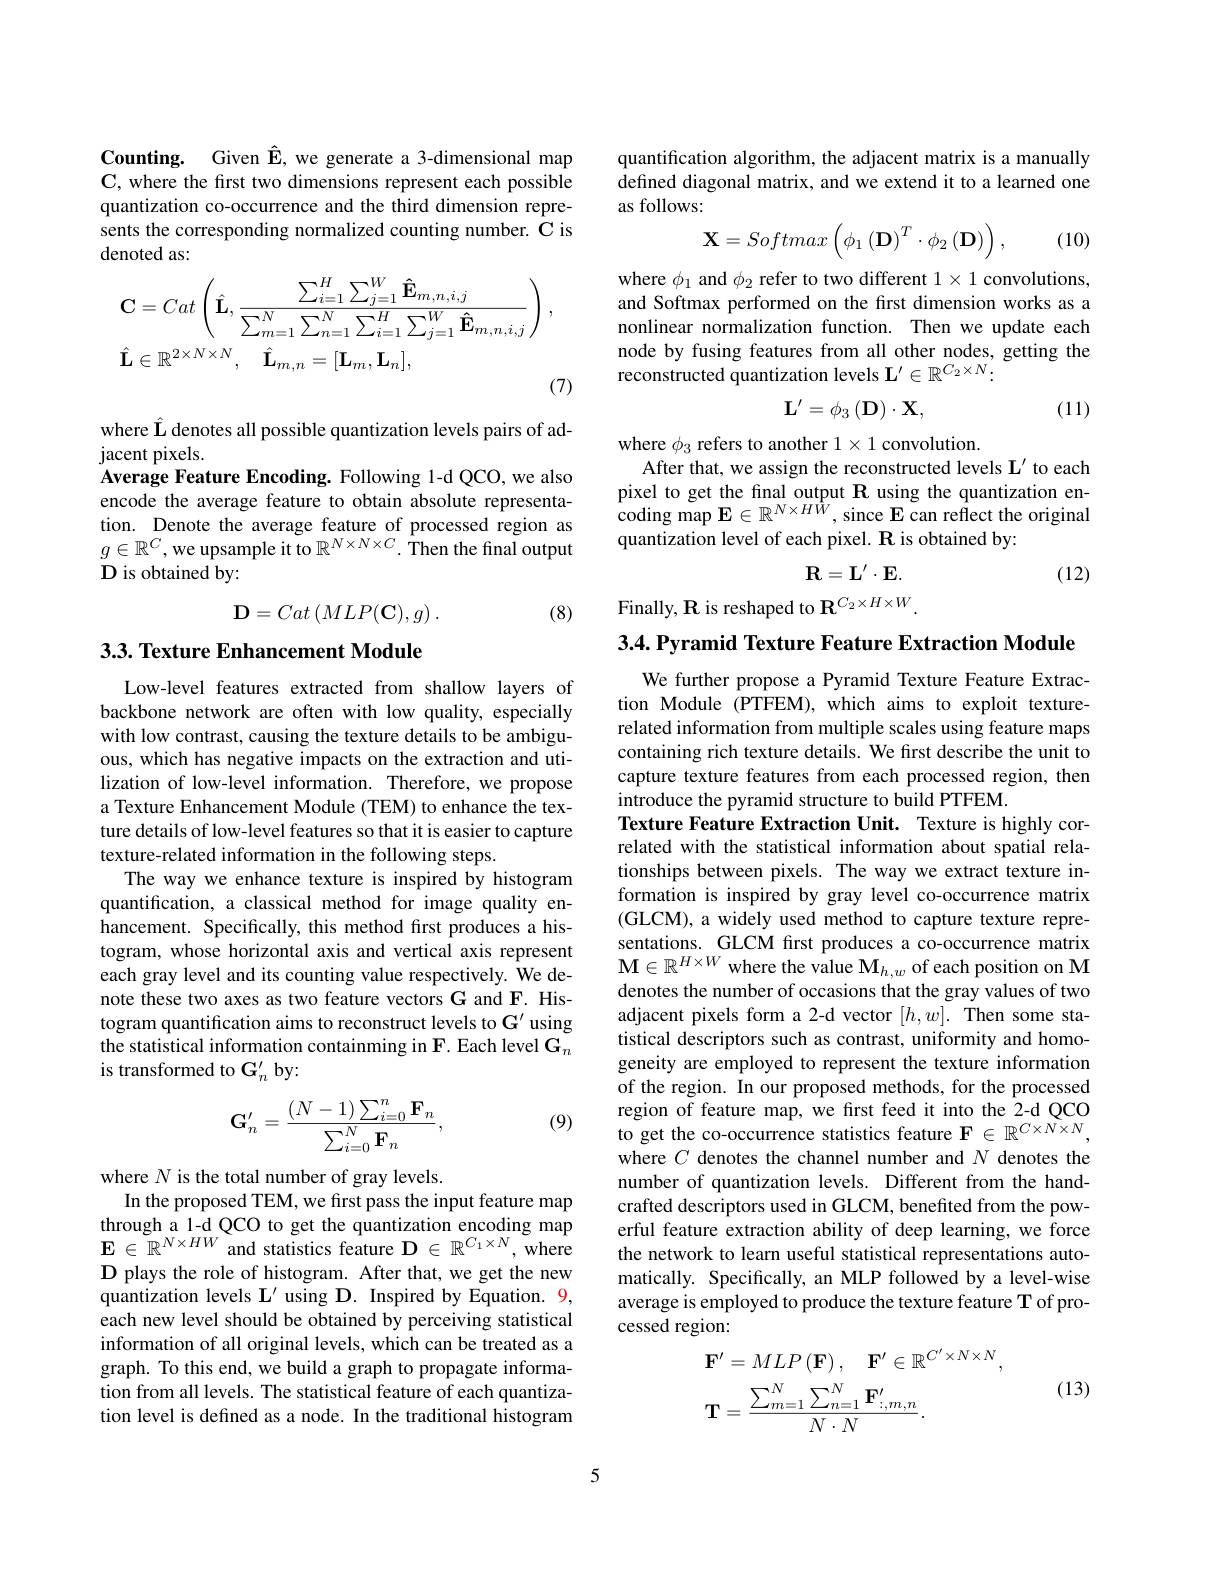
Counting. Given $\hat{\mathbf{E}}$, we generate a 3-dimensional map C, where the first two dimensions represent each possible quantization co-occurrence and the third dimension represents the corresponding normalized counting number. C is denoted as:
$$\begin{aligned}&\mathbf{C}=Cat\left(\hat{\mathbf{L}},\frac{\sum_{i=1}^{H}\sum_{j=1}^{W}\mathbf{\hat{E}}_{m,n,i,j}}{\sum_{m=1}^{N}\sum_{n=1}^{N}\sum_{i=1}^{H}\sum_{j=1}^{W}\mathbf{\hat{E}}_{m,n,i,j}}\right),\\&\hat{\mathbf{L}}\in\mathbb{R}^{2\times N\times N},\quad\hat{\mathbf{L}}_{m,n}=[\mathbf{L}_{m},\mathbf{L}_{n}],\end{aligned}$$
where $\hat{\mathbf{L}}$ denotes all possible quantization levels pairs of ad-
jacent pixels.
Average Feature Encoding. Following 1-d QCO, we also encode the average feature to obtain absolute representation. Denote the average feature of processed region as $g\in\mathbb{R}^C$,we upsample it to $\mathbb{R}^N\times N\times C.$ Then the final output D is obtained by:
$$\mathbf{D}=Cat\left(MLP(\mathbf{C}),g\right).$$
(8)

## 3.3. Texture Enhancement Module

Low-level features extracted from shallow layers of backbone network are often with low quality, especially with low contrast, causing the texture details to be ambiguous, which has negative impacts on the extraction and utilization of low-level information. Therefore, we propose a Texture Enhancement Module (TEM) to enhance the texture details of low-level features so that it is easier to capture texture-related information in the following steps.
The way we enhance texture is inspired by histogram quantification, a classical method for image quality enhancement. Specifically, this method first produces a histogram, whose horizontal axis and vertical axis represent each gray level and its counting value respectively. We denote these two axes as two feature vectors G and F. Histogram quantification aims to reconstruct levels to $\mathbf{G}^{\prime}$ using the statistical information containming in F. Each level $\mathbf{G}_n$ is transformed to G' by:

(9)
$$\mathbf{G}_n'=\frac{(N-1)\sum_{i=0}^n\mathbf{F}_n}{\sum_{i=0}^N\mathbf{F}_n},$$
where $N$ is the total number of gray levels.
In the proposed TEM, we first pass the input feature map $\begin{array}{l}\text{through a 1-d QCO to get the quantization encoding map}\\\mathbf{E}\in\mathbb{R}^{N\times HW}\\\text{and statistics feature D }\in\mathbb{R}^{C_1\times N},\mathrm{~where}\end{array}$ D plays the role of histogram. After that, we get the new quantization levels $\mathbf{L}^\prime$ using D. Inspired by Equation. 9, each new level should be obtained by perceiving statistical information of all original levels, which can be treated as a graph. To this end, we build a graph to propagate information from all levels. The statistical feature of each quantization level is defined as a node. In the traditional histogram

quantification algorithm, the adjacent matrix is a manually defined diagonal matrix, and we extend it to a learned one as follows:
$$\mathbf{X}=Softmax\left(\phi_{1}\left(\mathbf{D}\right)^{T}\cdot\phi_{2}\left(\mathbf{D}\right)\right),$$
(10)

where $\phi_1$ and $\phi_2$ refer to two different $1\times1$ convolutions, and Softmax performed on the first dimension works as a nonlinear normalization function. Then we update each node by fusing features from all other nodes, getting the reconstructed quantization levels $\mathbf{L}^{\prime}\in\mathbb{R}^{C_2\times N}:$
$$\mathbf{L}^{\prime}=\phi_3\left(\mathbf{D}\right)\cdot\mathbf{X},$$
(11)

where $\phi_3$ refers to another $1\times1$ convolution.
After that, we assign the reconstructed levels $\mathbf{L}^\prime$ to each pixel to get the final output $\mathbf{R}$ using the quantization en- ${\mathrm{coding~map~E}\in\mathbb{R}^{N\times H\hat{W}}},{\mathrm{since~E~can~reflect~the~original}}$ quantization level of each pixel. R is obtained by:
$$\mathbf{R}=\mathbf{L}^{\prime}\cdot\mathbf{E}.$$
(12)

Finally, R is reshaped to $\mathbf{R}^{C_{2}\times H\times W}.$

3.4. Pyramid Texture Feature Extraction Module
We further propose a Pyramid Texture Feature Extraction Module (PTFEM), which aims to exploit texturerelated information from multiple scales using feature maps containing rich texture details. We first describe the unit to capture texture features from each processed region, then introduce the pyramid structure to build PTFEM.
Texture Feature Extraction Unit. Texture is highly correlated with the statistical information about spatial relationships between pixels. The way we extract texture information is inspired by gray level co-occurrence matrix (GLCM), a widely used method to capture texture representations. GLCM frst produces a co-occurrence matrix $\mathbf{M}\in\mathbb{R}^{H\times W}$ where the value $\mathbf{M}_h,w$ of each position on M denotes the number of occasions that the gray values of two adjacent pixels form a 2-d vector $[h,w].$ Then some statistical descriptors such as contrast, uniformity and homogeneity are employed to represent the texture information of the region. In our proposed methods, for the processed region of feature map, we first feed it into the 2-d QCO to get the co-occurrence statistics feature $\mathbf{F}\in\mathbb{R}^C\times N\times N$, where $C$ denotes the channel number and $N$ denotes the number of quantization levels. Different from the handcrafted descriptors used in GLCM, benefited from the powerful feature extraction ability of deep learning, we force the network to learn useful statistical representations automatically. Specifically, an MLP followed by a level-wise average is employed to produce the texture feature T of processed region
$$\begin{aligned}&\mathbf{F}^{\prime}=MLP\left(\mathbf{F}\right),\quad\mathbf{F}^{\prime}\in\mathbb{R}^{C^{\prime}\times N\times N},\\&\mathbf{T}=\frac{\sum_{m=1}^{N}\sum_{n=1}^{N}\mathbf{F}_{:,m,n}^{\prime}}{N\cdot N}.\end{aligned}$$
(13)

5